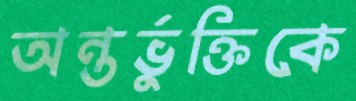
অন্তর্ভুক্তিকে